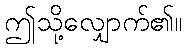
ဤသို့လျှောက်၏။